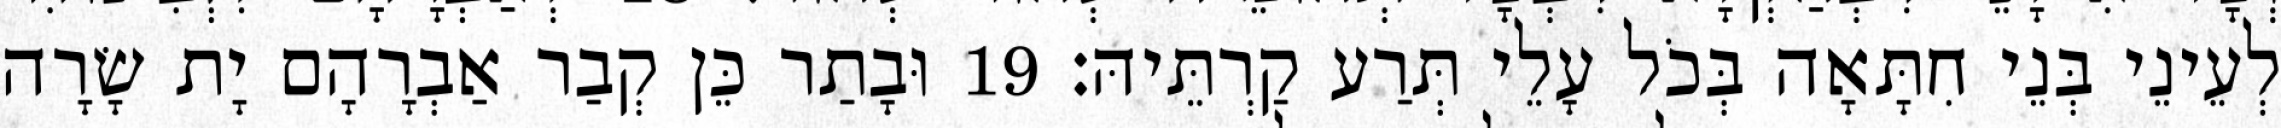
לְעֵינֵי בְּנֵי חִתָּאָה בְּכֹל עָלֵי תְּרַע קַרְתֵּיהּ׃ 19 וּבָתַר כֵּן קְבַר אַבְרָהָם יָת שָׂרָה